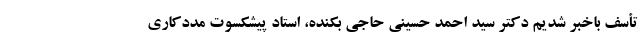
تأسف باخبر شدیم دکتر سید احمد حسینی حاجی بکنده، استاد پیشکسوت مددکاری